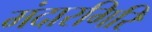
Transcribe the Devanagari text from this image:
मंदारगिरि